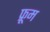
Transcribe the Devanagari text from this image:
फ्रूम